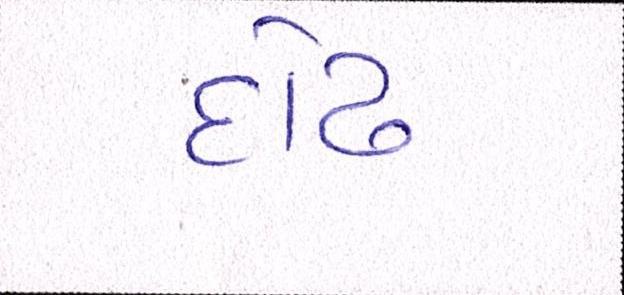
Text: દોઢ